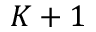
K + 1